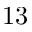
1 3